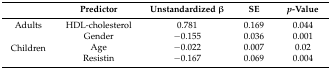
<table><thead><tr><td></td><td><b>Predictor</b></td><td><b>Unstandardized β</b></td><td><b>SE</b></td><td><b><i>p</i>-Value</b></td></tr></thead><tbody><tr><td>Adults</td><td>HDL-cholesterol</td><td>0.781</td><td>0.169</td><td>0.044</td></tr><tr><td rowspan="3">Children</td><td>Gender</td><td>−0.155</td><td>0.036</td><td>0.001</td></tr><tr><td>Age</td><td>−0.022</td><td>0.007</td><td>0.02</td></tr><tr><td>Resistin</td><td>−0.167</td><td>0.069</td><td>0.004</td></tr></tbody></table>